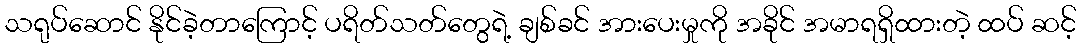
သရုပ်ဆောင် နိုင်ခဲ့တာကြောင့် ပရိတ်သတ်တွေရဲ့ ချစ်ခင် အားပေးမှုကို အခိုင် အမာရရှိထားတဲ့ ထပ် ဆင့်